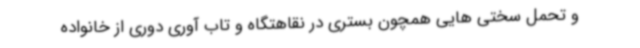
و تحمل سختی هایی همچون بستری در نقاهتگاه و تاب آوری دوری از خانواده